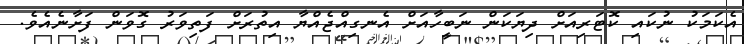
އެކަމަކު ނުކައި ކޮޓަރިއަށް ދިޔަކަން ނަބީހާއަށް އެނގިއްޖެއްޔާ އިތުރަށް ފަތިވަރު ގޮވަން ފަށާނެއެވެ.